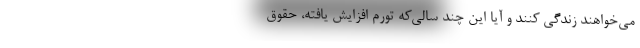
می‌خواهند زندگی کنند و آیا این چند سالی‌که تورم افزایش یافته، حقوق